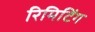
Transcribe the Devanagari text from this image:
रिमिटिंग